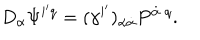
D _ { \alpha } \Psi ^ { i ^ { \prime } q } = ( \gamma ^ { i ^ { \prime } } ) _ { \alpha \dot { \alpha } } P ^ { \dot { \alpha } \; q } .